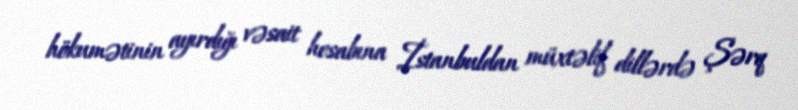
hökumətinin ayırdığı vəsait hesabına İstanbuldan müxtəlif dillərdə Şərq